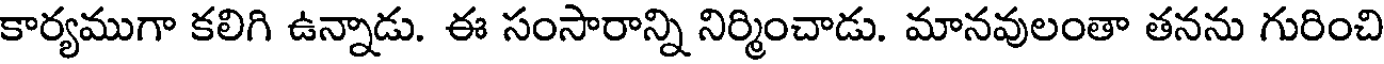
కార్యముగా కలిగి ఉన్నాడు. ఈ సంసారాన్ని నిర్మించాడు. మానవులంతా తనను గురించి